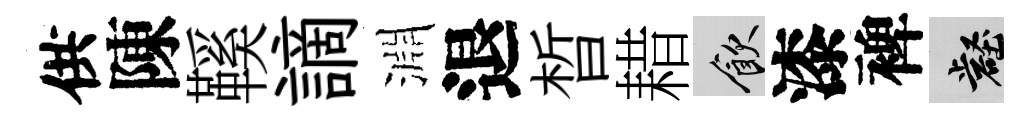
供陳鞵謫淵退晳耤飲漆裨壑